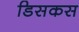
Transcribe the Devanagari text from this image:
डिसकस